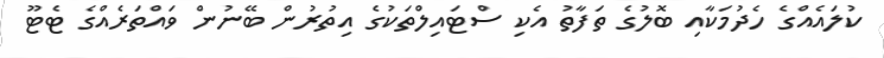
ކުލައެއްގެ ހެދުމަކާއި ބޮލުގެ ތަފާތު އެކި ސްޓައިލްތަކުގެ އިތުރުން ބޭނުން ވައްތަރެއްގެ ޓެޓޫ